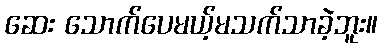
ဆေး သောက်ပေမယ့်မသက်သာခဲ့ဘူး။